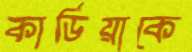
কার্ডিয়াকে